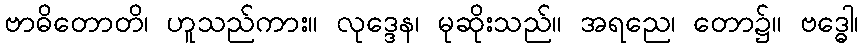
ဗာဓိတောတိ၊ ဟူသည်ကား။ လုဒ္ဒေန၊ မုဆိုးသည်။ အရညေ၊ တော၌။ ဗဒ္ဓေါ၊